Scottish Leaving Certificate Examination, 1954
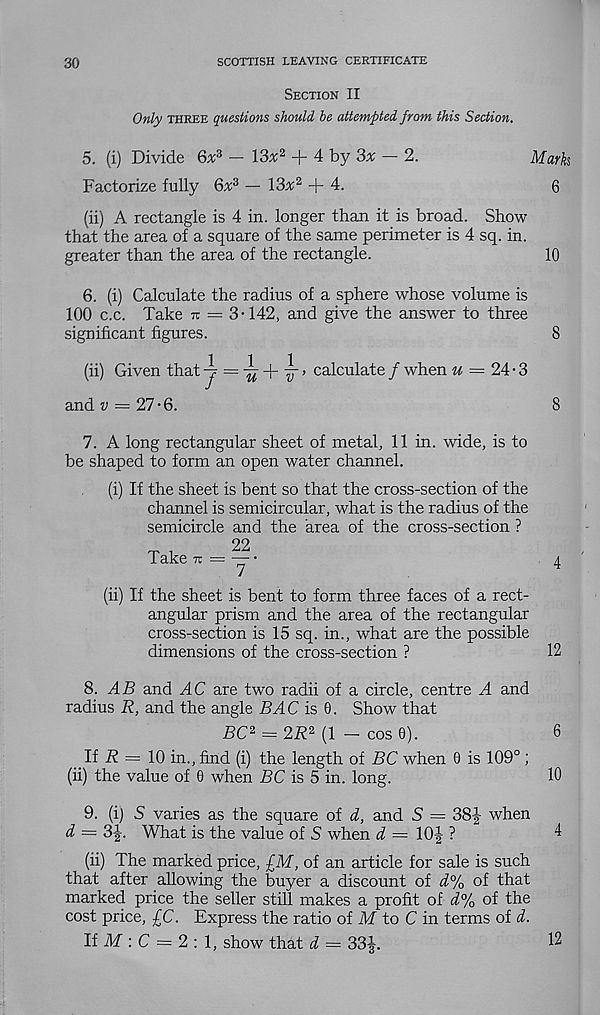
30
SCOTTISH LEAVING CERTIFICATE
Section II
Only THREE questions should he attempted from this Section.
5. (i) Divide 6* 3 - 13* 2 + 4 by 3* - 2.
Factorize fully 6x 3 — 13^2 + 4.
(ii) A rectangle is 4 in. longer than it is broad. Show
that the area of a square of the same perimeter is 4 sq. in.
greater than the area of the rectangle.
6. (i) Calculate the radius of a sphere whose volume is
100 c.c. Take n = 3-142, and give the answer to three
significant figures.
Ill
(ii) Given that ~j =
ff’ ca l cu l ate / when u = 24-3
and ?/ = 27-6.
7. A long rectangular sheet of metal, 11 in. wide, is to
be shaped to form an open water channel.
(i) If the sheet is bent so that the cross-section of the
channel is semicircular, what is the radius of the
semicircle and the area of the cross-section ?
22
Take u = y
(ii) If the sheet is bent to form three faces of a rect-
angular prism and the area of the rectangular
cross-section is 15 sq. in., what are the possible
dimensions of the cross-section ?
8. AD and AC are two radii of a circle, centre A and
radius R, and the angle BAC is 0. Show that
DC 2 = 2D 2 (1 - cos 0).
If A = 10 in., find (i) the length of BC when 0 is 109° ;
(ii) the value of 0 when BC is 5 in. long.
9. (i) S varies as the square of d, and S = 38|- when
<7 = 3|. What is the value of S when d — 10| ?
(ii) The marked price, £M, of an article for sale is such
that after allowing the buyer a discount of d% of that
marked price the seller still makes a profit of d% of the
cost price, £C. Express the ratio of M" to C in terms of d.
If ikf : C = 2 : 1, show that d = 33|.